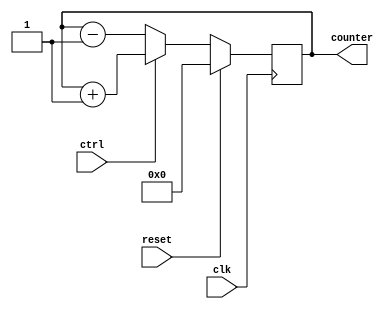
module up_down_counter (
    input wire clk,            // Clock input
    input wire reset,          // Reset input
    input wire ctrl,           // Control signal input
    output reg [3:0] counter   // Counter output
);

// Initial value of the counter
reg [3:0] initial_value = 4'b0000;

always @(posedge clk) begin
    if (reset) begin
        counter <= initial_value;
    end else begin
        if (ctrl) begin
            counter <= counter + 1;
        end else begin
            counter <= counter - 1;
        end
    end
end

endmodule